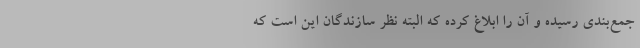
جمع‌بندی رسیده و آن را ابلاغ کرده که البته نظر سازندگان این است که